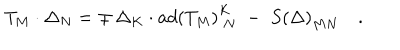
LaTeX: T _ { M } \cdot \Delta _ { N } = \mp \, \Delta _ { K } \cdot a d \left( T _ { M } \right) _ { \; N } ^ { K } \; - \; S \left( \Delta \right) _ { M N } \quad .